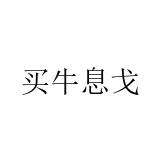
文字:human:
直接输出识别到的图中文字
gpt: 买牛息戈